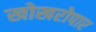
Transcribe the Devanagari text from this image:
खोखरोपार